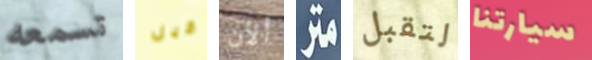
تسمعه قبل ألأن متر لتقبل سيارتنا